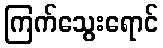
ကြက်သွေးရောင်